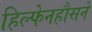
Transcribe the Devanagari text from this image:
हिल्फेनहौसने